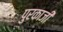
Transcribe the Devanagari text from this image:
पुरकाजी